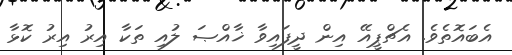
އެބައޮތެވެ. އެޗްޕީއޭ އިން ދީފައިވާ ޚާއްޞަ ލުއި ތަކާ އިރު އިރު ކޮޅާ